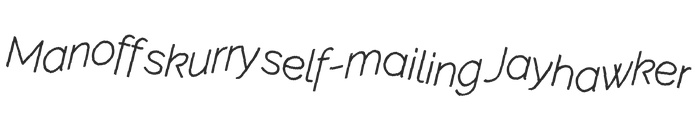
Manoff skurry self-mailing Jayhawker